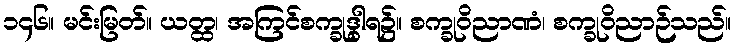
၁၄၆။ မင်းမြတ်။ ယတ္ထ၊ အကြင်စက္ခုဒွါရ၌။ စက္ခုဝိညာဏံ၊ စက္ခုဝိညာဉ်သည်။